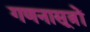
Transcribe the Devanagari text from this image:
गणनासूत्रों